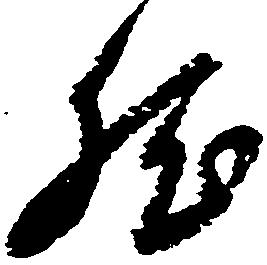
然